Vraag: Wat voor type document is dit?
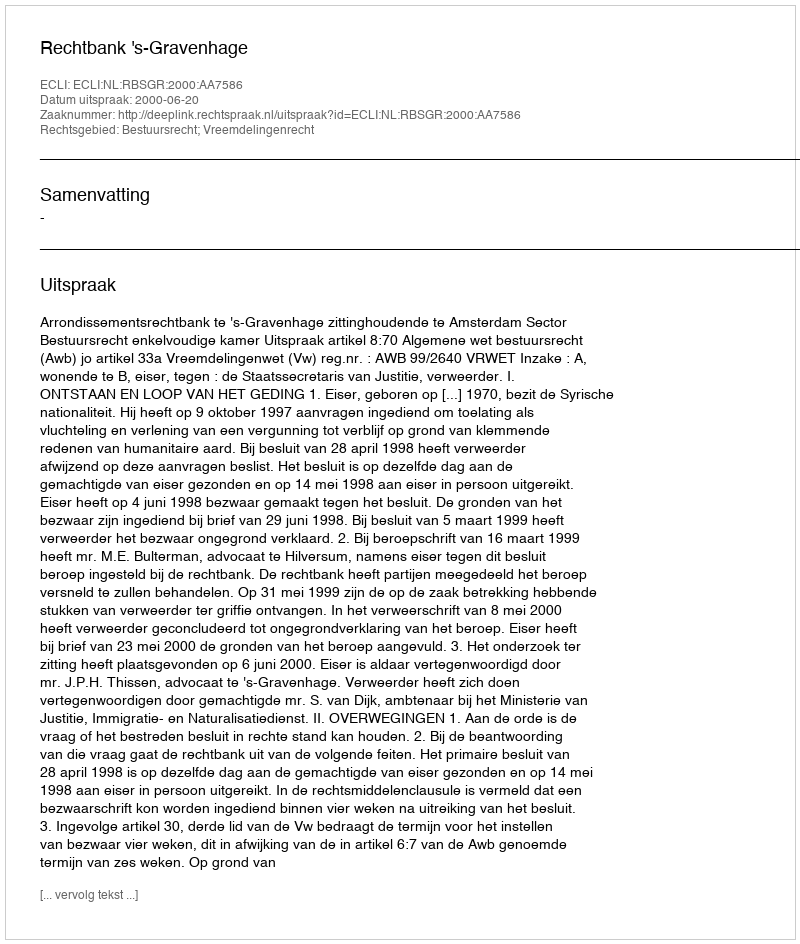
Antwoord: Uitspraak